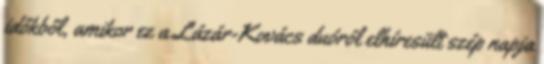
időkből, amikor ez a Lázár-Kovács duóról elhíresült szép napja